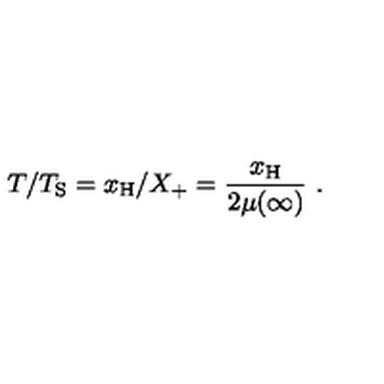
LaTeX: T / T _ { \mathrm { S } } = x _ { \mathrm { H } } / X _ { + } = \frac { x _ { \mathrm { H } } } { 2 \mu ( \infty ) } \ .